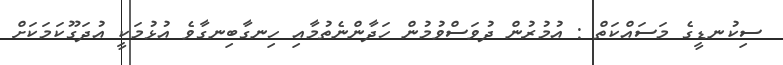
ސިކުނޑީގެ މަސައްކަތް : އުމުރުން ދުވަސްވުމުން ހަދާންނެތުމާއި ހިނގާބިނގާވެ އުޅުމަކީ އުދަގޫކަމަކަށް